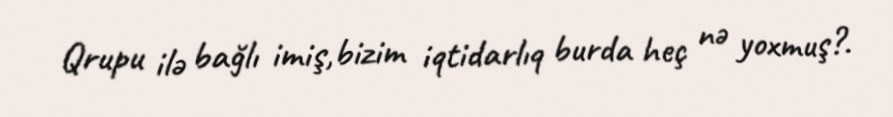
Qrupu ilə bağlı imiş,bizim iqtidarlıq burda heç nə yoxmuş?.